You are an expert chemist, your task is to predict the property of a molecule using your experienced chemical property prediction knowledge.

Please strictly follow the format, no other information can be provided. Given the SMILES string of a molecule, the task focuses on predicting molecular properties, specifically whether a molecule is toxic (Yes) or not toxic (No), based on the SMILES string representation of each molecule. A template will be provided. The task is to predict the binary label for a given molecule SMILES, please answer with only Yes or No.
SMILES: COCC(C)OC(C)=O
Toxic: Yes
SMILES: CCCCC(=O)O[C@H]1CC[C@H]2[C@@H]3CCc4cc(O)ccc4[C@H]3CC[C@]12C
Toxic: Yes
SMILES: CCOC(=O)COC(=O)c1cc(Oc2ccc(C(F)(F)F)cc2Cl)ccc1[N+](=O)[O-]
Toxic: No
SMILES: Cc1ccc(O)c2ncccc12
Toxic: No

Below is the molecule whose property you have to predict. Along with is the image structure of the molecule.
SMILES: CN(C)c1ccc(C(=C2C=CC(=[N+](C)C)C=C2)c2ccc(N(C)C)cc2)cc1
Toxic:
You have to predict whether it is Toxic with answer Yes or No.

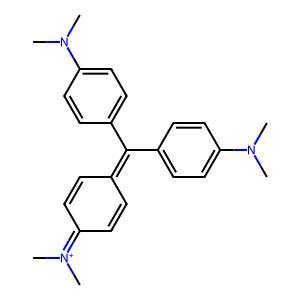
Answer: No